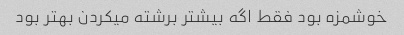
خوشمزه بود فقط اگه بیشتر برشته میکردن بهتر بود